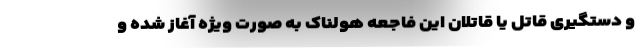
و دستگیری قاتل یا قاتلان این فاجعه هولناک به صورت ویژه آغاز شده و